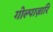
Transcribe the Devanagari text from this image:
गोल्पाज़ारि